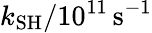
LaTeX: k_{\mathrm{SH}}/10^{11}\, \mathrm{s}^{-1}